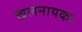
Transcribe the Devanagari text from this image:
खलनायक।